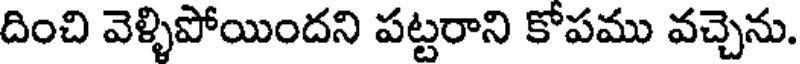
దించి వెళ్ళిపోయిందని పట్టరాని కోపము వచ్చెను.